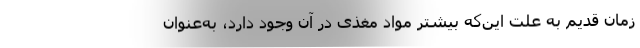
زمان قدیم به علت این‌که بیشتر مواد مغذی در آن وجود دارد، به‌عنوان